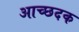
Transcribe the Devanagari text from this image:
आच्छदक